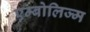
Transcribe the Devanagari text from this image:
एम्बोलिज्म